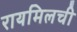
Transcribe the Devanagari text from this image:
रायमिलची